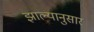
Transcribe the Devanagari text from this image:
झाल्यानुसार